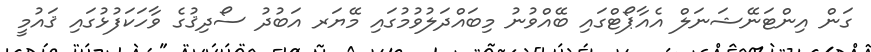
ގަން އިންޓަނޭޝަނަލް އެއާޕޯޓްގައި ބޭއްވުނު މިބައްދަލުވުމުގައި މޭޔަރ އަބުދު ސޯދިޤުގެ ވާހަކަފުޅުގައި ޤައުމީ